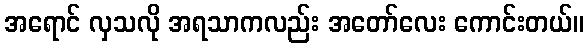
အရောင် လှသလို အရသာကလည်း အတော်လေး ကောင်းတယ်။